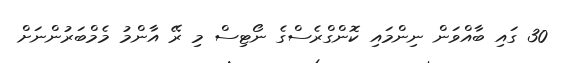
30 ގައި ބާއްވަން ނިންމައި ކޮންގްރެސްގެ ނޯޓިސް މި ރޭ އާންމު މެމްބަރުންނަށް